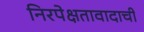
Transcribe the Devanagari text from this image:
निरपेक्षतावादाची